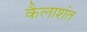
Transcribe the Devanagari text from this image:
कैलाशंत